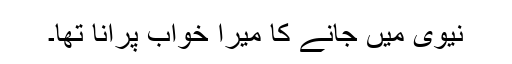
نیوی میں جانے کا میرا خواب پرانا تھا۔